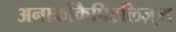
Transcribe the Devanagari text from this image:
अनार्कोकैपिटलिज़्म